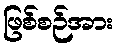
ဖြစ်စဉ်အား